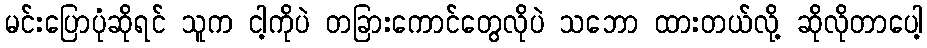
မင်းပြောပုံဆိုရင် သူက ငါ့ကိုပဲ တခြားကောင်တွေလိုပဲ သဘော ထားတယ်လို့ ဆိုလိုတာပေါ့